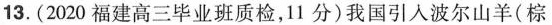
13. (2020福建高三毕业班质检，11分)我国引人波尔山羊(棕